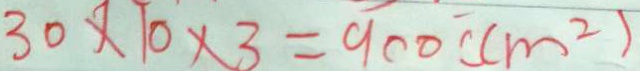
3 0 \times 1 0 \times 3 = 9 0 0 ( c m ^ { 2 } )